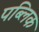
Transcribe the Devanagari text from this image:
पब्‍लिक